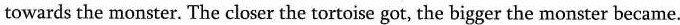
towards the monster. The closer the tortoise got, the bigger the monster became.